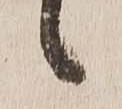
候